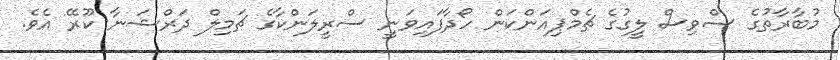
މުބާރާތުގެ ސްވިސް ލީގުގެ ޗެމްޕިއަންކަން ހޯދާފައިވަނީ ސްރީލަންކާގެ ޗަމިލް ދަރްޝަނާ ކޫރޭ އެވެ.